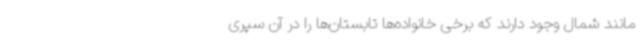
مانند شمال وجود دارند که برخی خانواده‌ها تابستان‌ها را در آن سپری